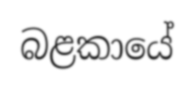
බළකායේ